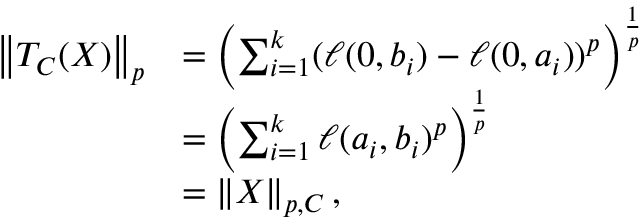
\begin{array} { r l } { \left\| T _ { C } ( X ) \right\| _ { p } } & { = \left( \sum _ { i = 1 } ^ { k } ( \ell ( 0 , b _ { i } ) - \ell ( 0 , a _ { i } ) ) ^ { p } \right) ^ { \frac { 1 } { p } } } \\ & { = \left( \sum _ { i = 1 } ^ { k } \ell ( a _ { i } , b _ { i } ) ^ { p } \right) ^ { \frac { 1 } { p } } } \\ & { = \left\| X \right\| _ { p , C } , } \end{array}